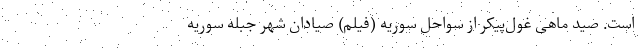
است. صید ماهی غول‌پیکر از سواحل سوریه (فیلم) صیادان شهر جبله سوریه